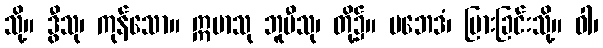
သို့။ ဒွီသု၊ ကုန်သော။ ဣမာသု ဘူမီသု၊ တို့၌။ ပဘေဒံ၊ ပြားခြင်းသို့။ ဝါ၊